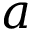
a